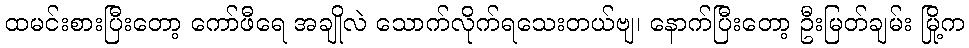
ထမင်းစားပြီးတော့ ကော်ဖီရေ အချိုလဲ သောက်လိုက်ရသေးတယ်ဗျ၊ နောက်ပြီးတော့ ဦးမြတ်ချမ်း မြို့က